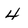
Character: 4